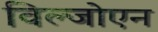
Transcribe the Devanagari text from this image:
विल्जोएन